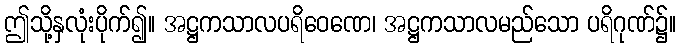
ဤသို့နှလုံးပိုက်၍။ အဋ္ဌကသာလပရိဝေဏေ၊ အဋ္ဌကသာလမည်သော ပရိဂုဏ်၌။